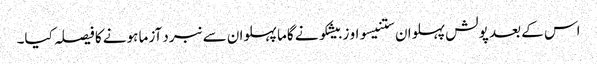
اس کے بعد پولش پہلوان ستنیسواو زبیشکو نے گاما پہلوان سے نبرد آزما ہونے کا فیصلہ کیا۔